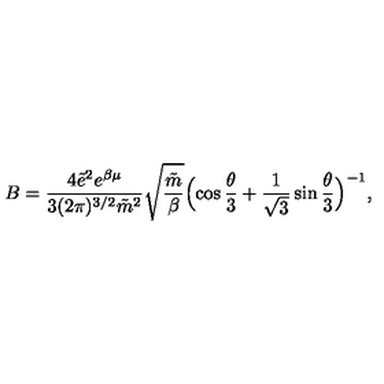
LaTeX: B = \frac { 4 \tilde { e } ^ { 2 } e ^ { \beta \mu } } { 3 ( 2 \pi ) ^ { 3 / 2 } \tilde { m } ^ { 2 } } \sqrt { \frac { \tilde { m } } { \beta } } \Bigl ( \cos \frac { \theta } { 3 } + \frac { 1 } { \sqrt { 3 } } \sin \frac { \theta } { 3 } \Bigr ) ^ { - 1 } ,